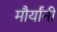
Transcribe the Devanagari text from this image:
मौर्यांनी